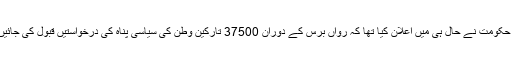
ویانا حکومت نے حال ہی میں اعلان کیا تھا کہ رواں برس کے دوران 37500 تارکین وطن کی سیاسی پناہ کی درخواستیں قبول کی جائیں گی۔